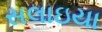
સલાઇયા